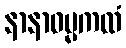
နာနာဓမ္မကထံ